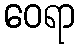
ဝေရာ